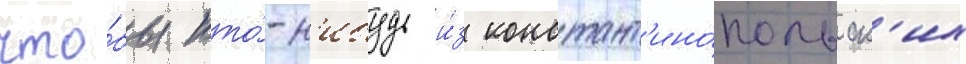
что́бы кто́-н'ибудь и́з констант'ино́польск'их